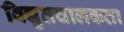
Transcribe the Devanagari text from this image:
विद्युतचालकता